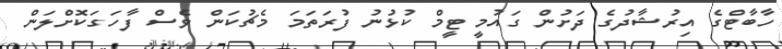
ހާބާޓްގެ އިރުޝާދުގެ ދަށުން ގައުމީ ޓީމް ކުޅުނު ފުރަތަމަ މެޗުކަން ވެސް ފާހަގަކޮށްލަން